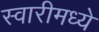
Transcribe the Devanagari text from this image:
स्वारीमध्ये